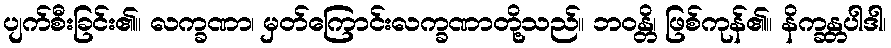
ပျက်စီးခြင်း၏။ လက္ခဏာ၊ မှတ်ကြောင်းလက္ခဏာတို့သည်။ ဘဝန္တိ၊ ဖြစ်ကုန်၏။ နိက္ခန္တပါဒါ၊